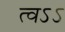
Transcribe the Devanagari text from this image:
त्वऽऽ